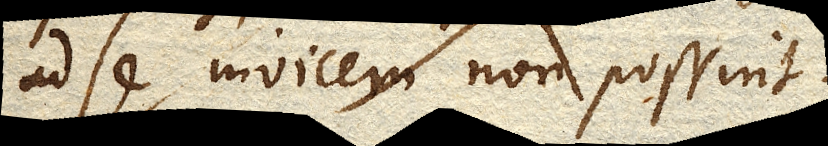
ad se invicem non possint.